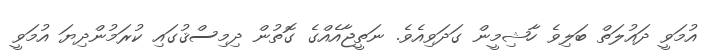
އުމަވީ ދައުލަތް ބަލިވެ ހާޝިމީން ގަދަވިއެވެ. ނަތީޖާއެއްގެ ގޮތުން ދިމިސްޤުގައި ކުރަމުންދިޔަ އުމަވީ